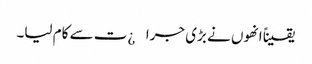
یقیناً انھوں نے بڑی جرا¿ت سے کام لیا۔